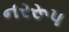
નરરૂપ